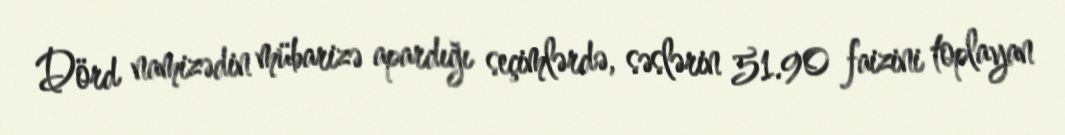
Dörd namizədin mübarizə apardığı seçimlərdə, səslərin 51.90 faizini toplayan